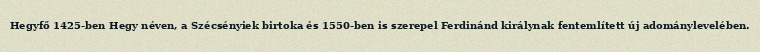
Hegyfő 1425-ben Hegy néven, a Szécsényiek birtoka és 1550-ben is szerepel Ferdinánd királynak fentemlített új adománylevelében.